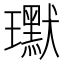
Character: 𭺍